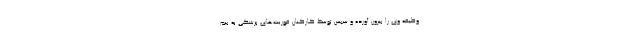
وظیفه وی را بیرون آورده و سپس توسط کارکنان فوریت‌های پزشکی به بیم